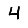
Digit: 4